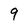
Character: 9